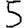
Digit: 5